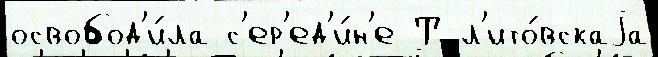
освобод'и́ла с'ер'ед'и́н'е Т л'ито́вскаjа